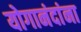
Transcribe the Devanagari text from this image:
योगानंदांना